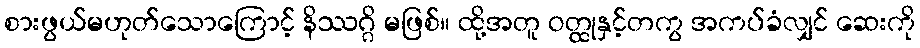
စားဖွယ်မဟုတ်သောကြောင့် နိဿဂ္ဂိ မဖြစ်။ ထို့အတူ ဝတ္ထုနှင့်တကွ အကပ်ခံလျှင် ဆေးကို